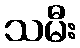
သမီး